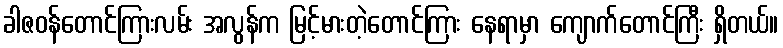
ခါဇဝန်တောင်ကြားလမ်း အလွန်က မြင့်မားတဲ့တောင်ကြား နေရာမှာ ကျောက်တောင်ကြီး ရှိတယ်။